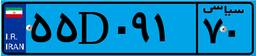
۵۵D۰۹۱۷۰